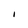
Character: I